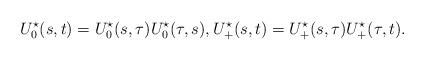
LaTeX: \begin{align*} U_0^{ \star}(s,t) = U_0^{ \star}(s,\tau)U_0^{ \star}(\tau,s), U_+^{ \star}(s,t) = U_+^{ \star}(s,\tau)U_+^{ \star}(\tau,t). \end{align*}